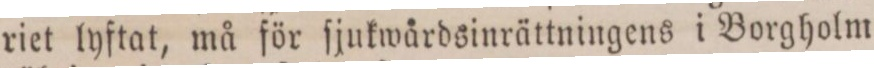
riet lyftat, må för ſjukwårdsinrättningens i Borgholm